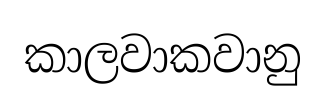
කාලවාකවානු